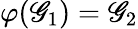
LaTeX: \varphi(\mathscr{G}_{1})=\mathscr{G}_{2}